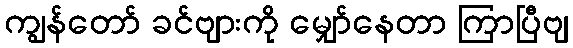
ကျွန်တော် ခင်ဗျားကို မျှော်နေတာ ကြာပြီဗျ